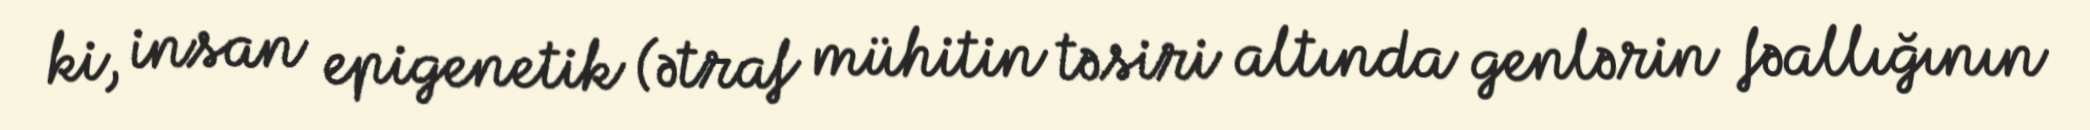
ki, insan epigenetik (ətraf mühitin təsiri altında genlərin fəallığının